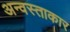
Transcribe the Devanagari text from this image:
अन्वस्ताकार